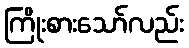
ကြိုးစားသော်လည်း